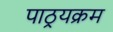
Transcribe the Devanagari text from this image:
पाठ्रयक्रम